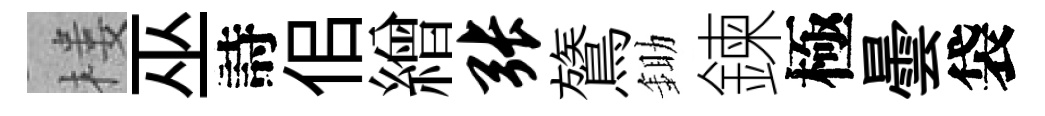
楼巫詩佀繒张鷟鋤鍊極曇袋